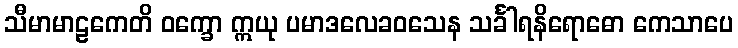
သီမာမာဠကေတိ ဝက္ခော ဣယု ပမာဒလေခဝသေန သင်္ခါရနိရောဓော ကေသာပေ